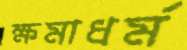
ক্ষমাধর্ম